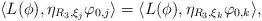
LaTeX: \begin{align*}\langle L(\phi), \eta_{R_3,\xi_j}\varphi_{0,j}\rangle=\langle L(\phi), \eta_{R_3,\xi_k}\varphi_{0,k}\rangle, \end{align*}